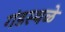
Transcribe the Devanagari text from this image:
गंडस्थळे